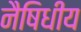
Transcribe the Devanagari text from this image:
नैषिधीय